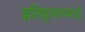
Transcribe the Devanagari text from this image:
इतिहासाच्याही